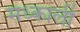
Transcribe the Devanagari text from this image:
मध्काली